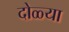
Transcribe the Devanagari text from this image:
दोळ्या